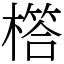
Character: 㯚